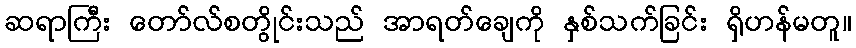
ဆရာကြီး တော်လ်စတွိုင်းသည် အာရတ်ချေကို နှစ်သက်ခြင်း ရှိဟန်မတူ။